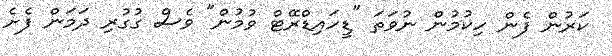
ކަރުން ފެން ހިކުމުން ނުވަތަ "ޑީހައިޑްރޭޓް ވުމުން" ވެސް ގުގުރި ދަމަން ފެށެ